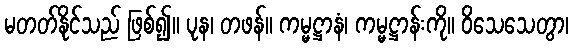
မတတ်နိုင်သည် ဖြစ်၍။ ပုန၊ တဖန်။ ကမ္မဋ္ဌာနံ၊ ကမ္မဋ္ဌာန်းကို။ ဝိသေသေတွာ၊